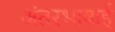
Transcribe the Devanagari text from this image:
अंतरभाषाई